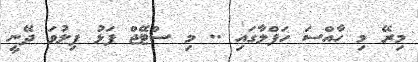
މިރޭ މި ހާއްސަ ހަފްލާގައި .. މި ސްޓޭޖް ފަޅު ފިލުވަ ދޭނީ